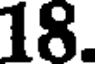
18.